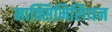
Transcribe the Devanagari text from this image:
माक्सिमिलियन